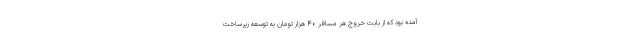
آمده بود که از بابت خروج هر مسافر ۴۰ هزار تومان به توسعه زیرساخت